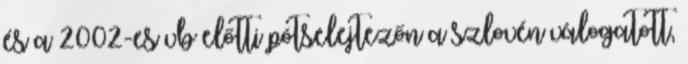
és a 2002-es vb előtti pótselejtezőn a szlovén válogatott,